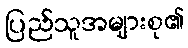
ပြည်သူအများစု၏